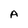
Character: A